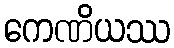
ကေဏိယဿ